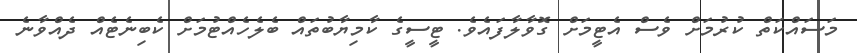
މަސައްކަތް ކުރުމަށް ވެސް އެޓީމަށް ގޮވާލާފައެވެ. ޓީސީގެ ކާމިޔާބުތައް ބެލެހެއްޓުމަށް ކެބިނެޓެއް ދެއްވާނެ